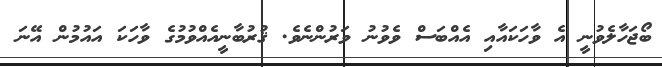
ބޯޖަހާލެވުނީ އެ ވާހަކައާއި އެއްބަސް ވެވުނު ވަރުންނެވެ. ޤުރުބާނީއެއްވުމުގެ ވާހަކަ އައުމުން އޭނަ